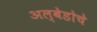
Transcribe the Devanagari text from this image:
अल्बेडोचे